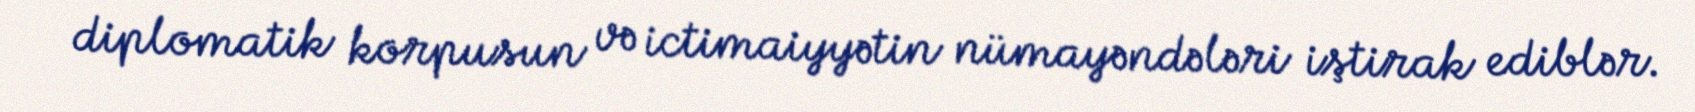
diplomatik korpusun və ictimaiyyətin nümayəndələri iştirak ediblər.